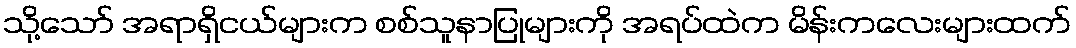
သို့သော် အရာရှိငယ်များက စစ်သူနာပြုများကို အရပ်ထဲက မိန်းကလေးများထက်